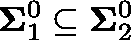
\mathbf { \Sigma } _ { 1 } ^ { 0 } \subseteq \mathbf { \Sigma } _ { 2 } ^ { 0 }